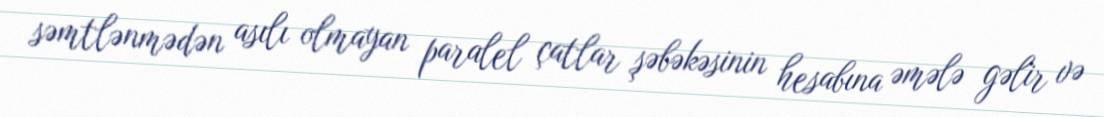
səmtlənmədən asılı olmayan paralel çatlar şəbəkəsinin hesabına əmələ gəlir və